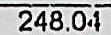
248.04